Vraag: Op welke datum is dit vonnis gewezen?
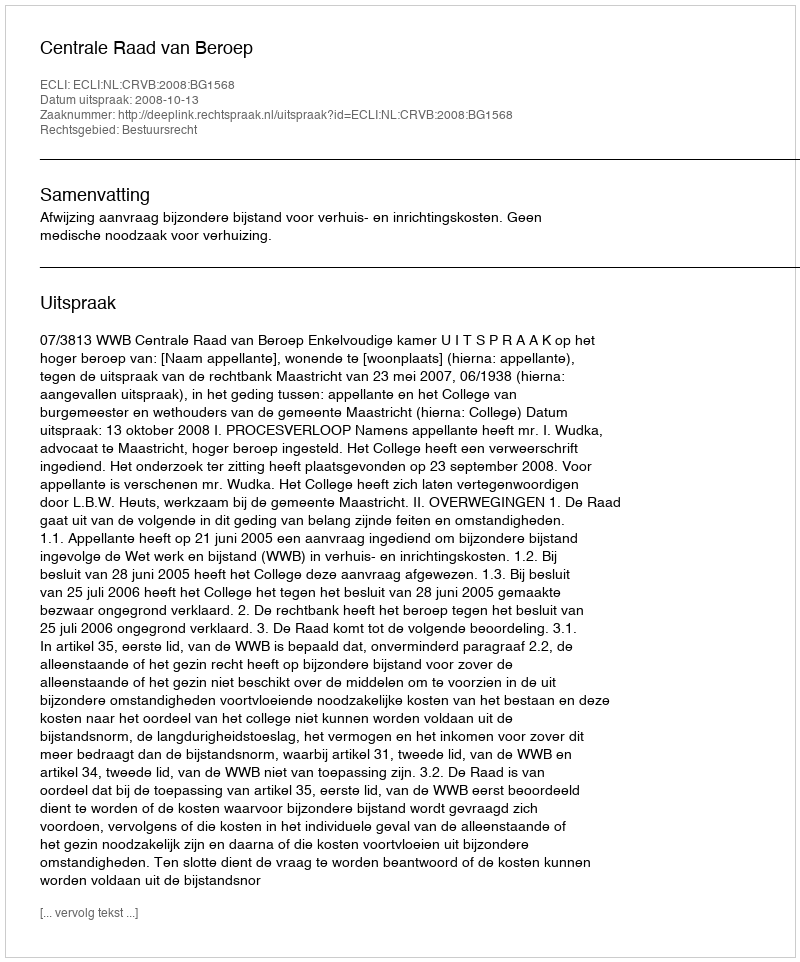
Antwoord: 2008-10-13